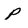
Character: P